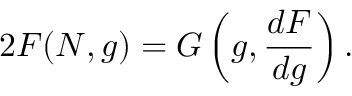
2 F ( N , g ) = G \left( g , \frac { d F } { d g } \right) .